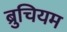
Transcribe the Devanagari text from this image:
ब्रुचियम